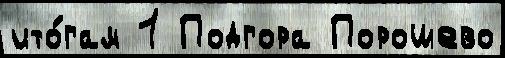
ито́гам 1 Подгора Порошево